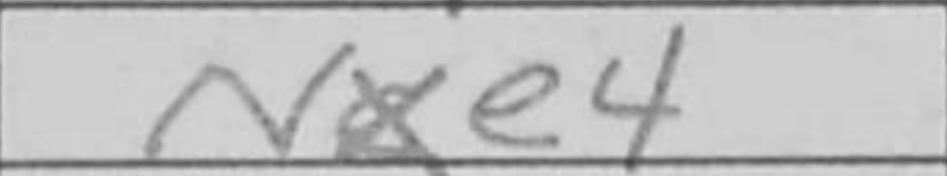
Transcription: Nxe4